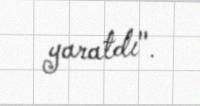
yaratdı".